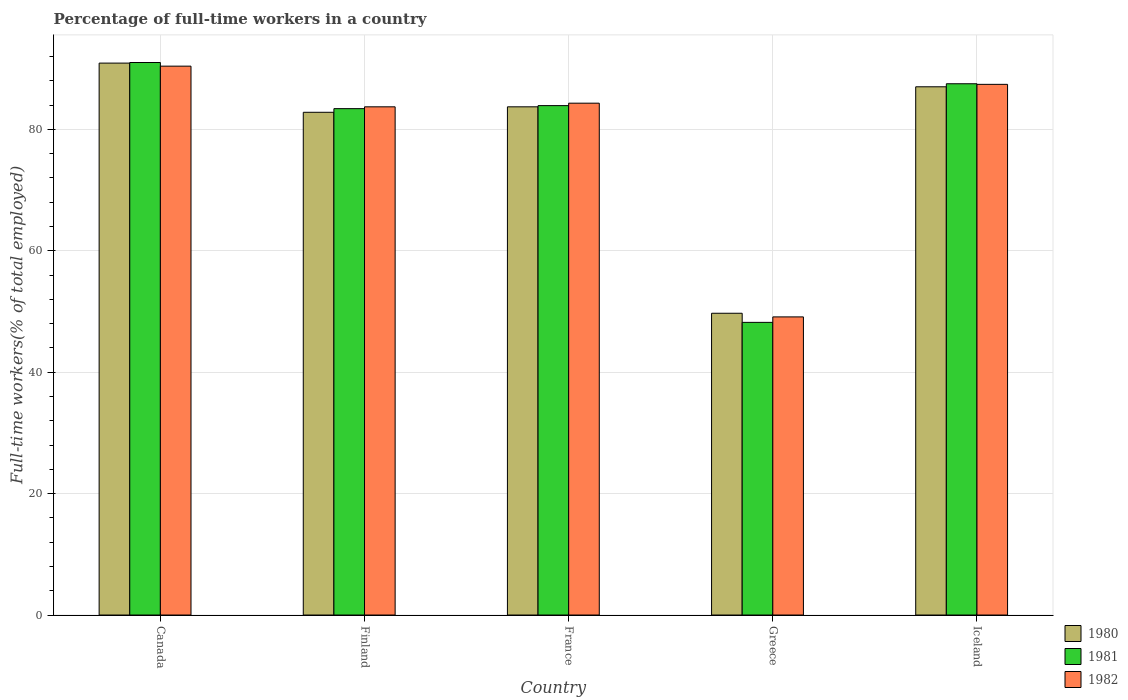
| Country | 1980 | 1981 | 1982 |
 | --- | --- | --- | --- |
 | Canada | 90.9 | 91 | 90.4 |
 | Finland | 82.8 | 83.4 | 83.7 |
 | France | 83.7 | 83.9 | 84.3 |
 | Greece | 49.7 | 48.2 | 49.1 |
 | Iceland | 87 | 87.5 | 87.4 |